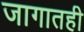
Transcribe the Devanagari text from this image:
जागातही